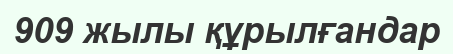
909 жылы құрылғандар